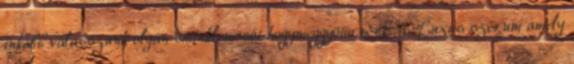
inkább válasszunk olyan sminklemosót hogymeggyötörnénk" a. Luxus szérum amely